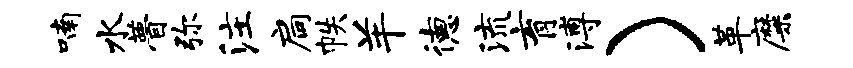
喃水瞢弥注扃帙羊德流育溥）革靡